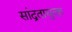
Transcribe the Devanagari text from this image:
सांद्रतायुक्त